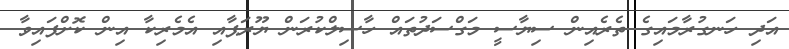
އަދި ހަނގުރާމައިގެ ތެރެއިން ސިޔާސީ މަގްސަދުތައް ހާސިލްކުރަން ޔޫރަޕާއި އެމެރިކާ އިން ކޮށްފައިވާ